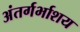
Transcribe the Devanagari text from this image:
अंतर्गर्भाशय